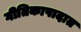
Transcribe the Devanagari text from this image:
गीतिकापादात